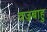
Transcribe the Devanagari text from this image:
वज्रबाहु